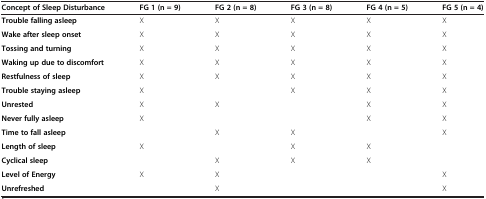
| Concept of Sleep Disturbance | FG 1 (n = 9) | FG 2 (n = 8) | FG 3 (n = 8) | FG 4 (n = 5) | FG 5 (n = 4) |
 | --- | --- | --- | --- | --- | --- |
 | Trouble falling asleep | X | X | X | X | X |
 | Wake after sleep onset | X | X | X | X | X |
 | Tossing and turning | X | X | X | X | X |
 | Waking up due to discomfort | X | X | X | X | X |
 | Restfulness of sleep | X | X | X | X | X |
 | Trouble staying asleep | X |  | X | X | X |
 | Unrested | X | X |  | X | X |
 | Never fully asleep | X |  |  | X | X |
 | Time to fall asleep |  | X | X |  | X |
 | Length of sleep | X |  | X | X |  |
 | Cyclical sleep |  | X | X | X |  |
 | Level of Energy | X | X |  |  | X |
 | Unrefreshed |  | X |  |  | X |